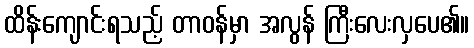
ထိန်းကျောင်းရသည့် တာဝန်မှာ အလွန် ကြီးလေးလှပေ၏။